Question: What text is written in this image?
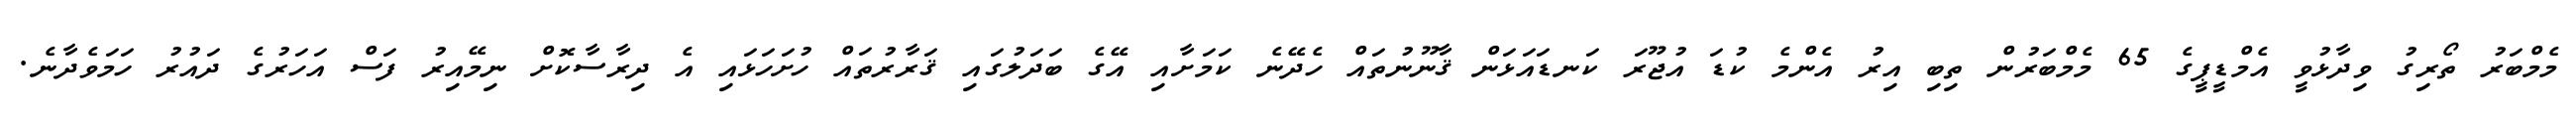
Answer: މެމްބަރު ތޯރިގު ވިދާޅުވީ އެމްޑީޕީގެ 65 މެމްބަރުން ތިބި އިރު އެންމެ ކުޑަ އުޖޫރަ ކަނޑައަޅަން ޤާނޫނުތައް ހެދޭނެ ކަމަށާއި އޭގެ ބަދަލުގައި ޤަރާރުތައް ހުށަހަޅައި އެ ދިރާސާކޮށް ނިމޭއިރު ފަސް އަހަރުގެ ދައުރު ހަމަވެދާނެ.